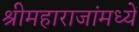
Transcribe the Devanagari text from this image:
श्रीमहाराजांमध्यें